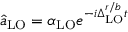
\hat { a } _ { \mathrm { L O } } = \alpha _ { \mathrm { L O } } e ^ { - i \Delta _ { \mathrm { L O } } ^ { r / b } t }